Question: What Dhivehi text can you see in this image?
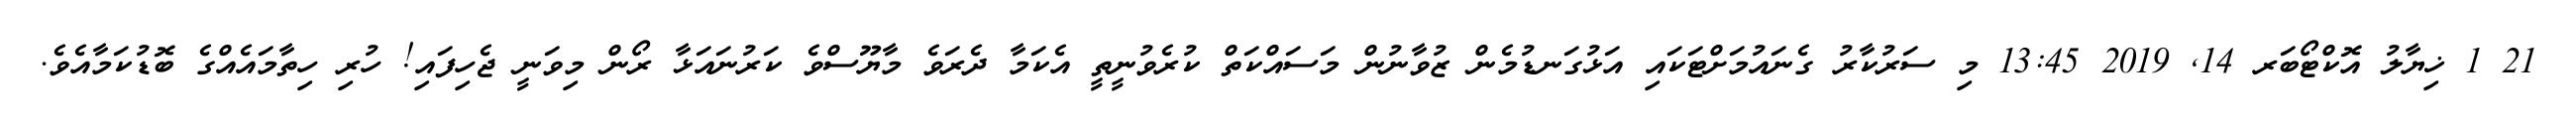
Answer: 21 1 ޚިޔާލު އޮކްޓޯބަރ 14, 2019 13:45 މި ސަރުކާރު ގެނައުމަށްޓަކައި އަޅުގަނޑުމެން ޒުވާނުން މަސައްކަތް ކުރެވުނީތީ އެކަމާ ދެރަވެ މާޔޫސްވެ ކަރުނައަޅާ ރޯން މިވަނީ ޖެހިފައި! ހުރި ހިތާމައެއްގެ ބޮޑުކަމާއެވެ.